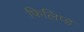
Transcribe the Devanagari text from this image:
फिलिप्ड